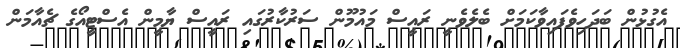
އެގުޅުން ބަދަހިވެފައިވާކަމަށް ބެލެވެނީ ރައީސް މައުމޫން ސަރުކާރުގައި ރައީސް ޔާމީން އެސްޓީއޯގެ ޗެއާމަން